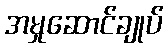
အမှုဆောင်ချုပ်